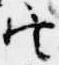
定